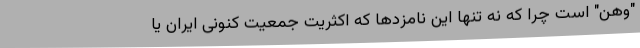
"وهن" است چرا که نه تنها این نامزدها که اکثریت جمعیت کنونی ایران یا